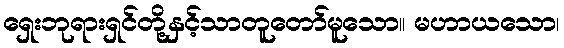
ရှေးဘုရားရှင်တို့နှင့်သာတူတော်မူသော။ မဟာယသော၊